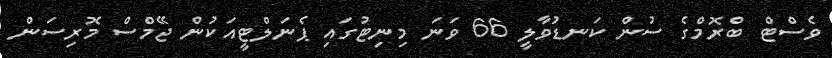
ވެސްޓް ބްރޮމްގެ ސުން ކަނޑުވާލީ 66 ވަނަ މިނިޓުގައި ޕެނަލްޓީއަކުން ޖޭމްސް މޮރިސަން